Sanitation, dispensaries and jails vaccination Rajputana 1922-1927 - 1922-1927
Year: 1922
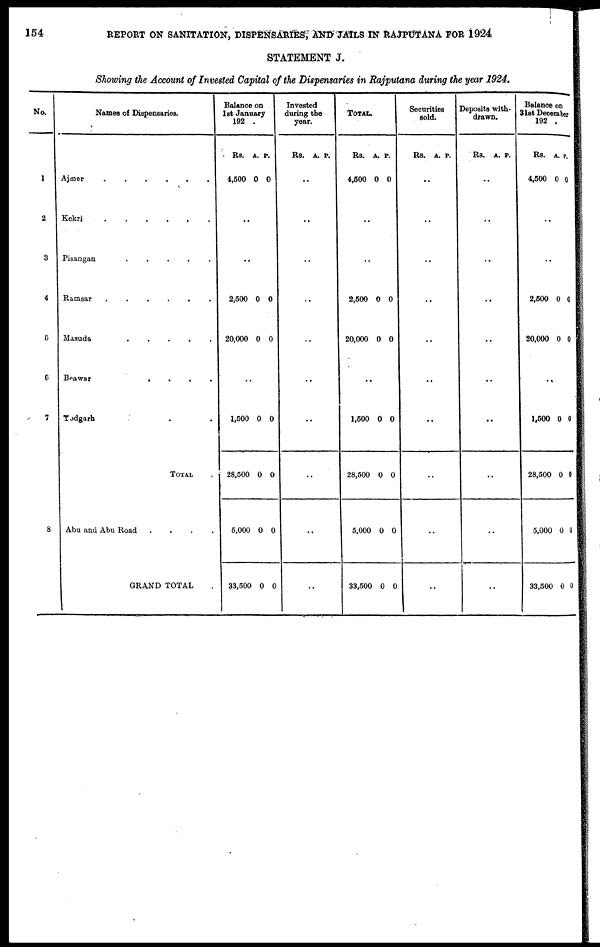
154
REPORT ON SANITATION, DISPENSARIES, AND JAILS IN RAJPUTANA FOR 1924
STATEMENT J.
Showing the Account of Invested Capital of the Dispensaries in Rajputana during the year 1924.
No.
1
2
3
4
5
6
7
8
Names of Dispensaries.
Ajmer......
Kekri......
Pisangan
.....
Ramsar ......
Masuda
.....
Beawar
.
.
.
.
Todgarh ..
TOTAL .
Abu and Abu Road
....
GRAND TOTAL
Balance on
1st January
192 .
Rs.
4,500
A.
0
P.
0
..
..
2,500
20,000
0
0
0
0
..
1,500
28,500
6,000
33,500
0
0
0
0
0
0
0
0
Invested
during the
year.
Rs. A. P.
..
..
..
..
..
..
..
..
..
..
TOTAL.
Rs.
4,500
A.
0
P.
0
..
..
2,500
20,000
0
0
0
0
..
1,500
28,500
5,000
33,500
0
0
0
0
0
0
0
0
Securities
sold.
Rs. A. P.
..
..
..
..
..
..
..
..
..
..
Deposits with-
drawn.
Rs. A P.
..
..
..
..
..
..
..
..
..
..
Balance on
31st December
192 .
Rs.
4,500
A.
0
P.
0
..
..
2,500
20,000
0
0
0
0
..
1,500
28,500
5,000
33,500
0
0
0
0
0
0
0
0